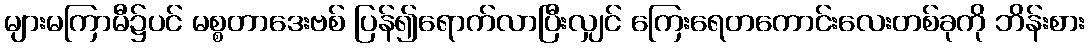
များမကြာမီ၌ပင် မစ္စတာဒေးဗစ် ပြန်၍ရောက်လာပြီးလျှင် ကြေးရေတကောင်းလေးတစ်ခုကို ဘိန်းစား